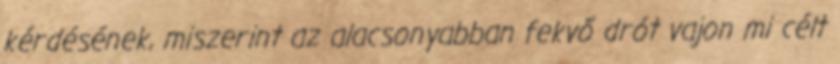
kérdésének, miszerint az alacsonyabban fekvő drót vajon mi célt